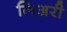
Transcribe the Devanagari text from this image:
लिअरी